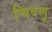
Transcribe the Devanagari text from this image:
चिदणु